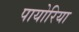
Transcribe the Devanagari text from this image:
पायोरिया